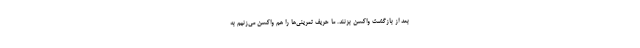
بعد از بازگشت واکسن بزنند. ما حریف تمرینی‌ها را هم واکسن می‌زنیم به